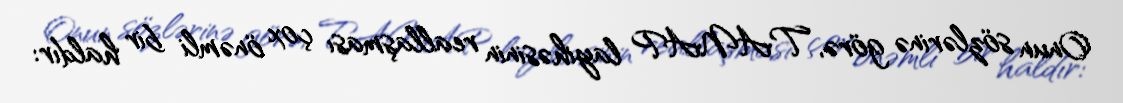
Onun sözlərinə görə, TANAP layihəsinin reallaşması çox önəmli bir haldır: